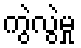
ကွဲလွဲမှု